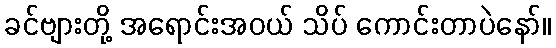
ခင်ဗျားတို့ အရောင်းအဝယ် သိပ် ကောင်းတာပဲနော်။